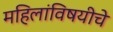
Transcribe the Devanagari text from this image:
महिलांविषयीचे